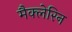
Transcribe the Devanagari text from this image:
मैक्लेरिन